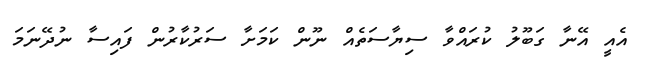
އެއީ އޭނާ ގަބޫލު ކުރައްވާ ސިޔާސަތެއް ނޫން ކަމަށާ ސަރުކާރުން ފައިސާ ނުދޭނަމަ